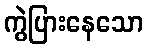
ကွဲပြားနေသော